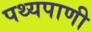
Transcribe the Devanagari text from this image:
पथ्यपाणी